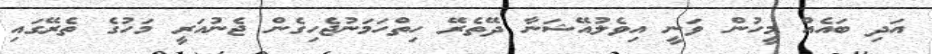
އަދި ބައެއް މީހުން ވަނީ އިވެލުއޭޝަނާ ދޭތެރޭ ހިތްހަމަނުޖެހިގެން ޖެނުއަރީ މަހުގެ ތެރޭގައި